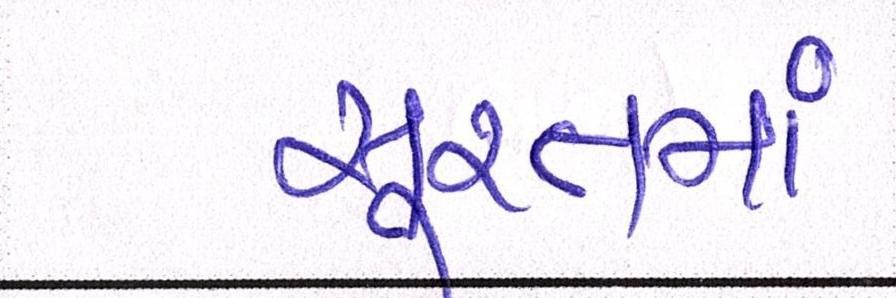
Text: સૂરતમાં